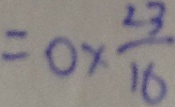
= 0 \times \frac { 2 3 } { 1 6 }